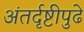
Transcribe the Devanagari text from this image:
अंतर्दृष्टीपुढे